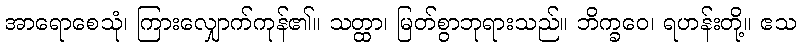
အာရောစေသုံ၊ ကြားလျှောက်ကုန်၏။ သတ္ထာ၊ မြတ်စွာဘုရားသည်။ ဘိက္ခဝေ၊ ရဟန်းတို့။ ဧသ